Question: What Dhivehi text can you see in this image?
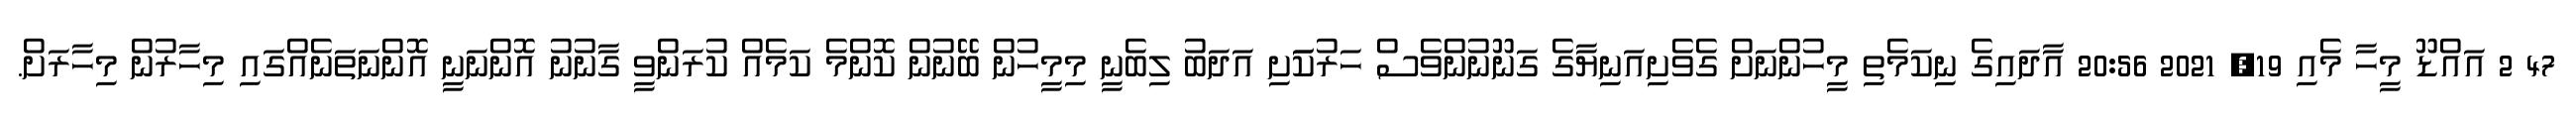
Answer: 47 2 އައްޑޫ މީހާ މެއި 19, 2021 20:56 އާދައިގެ ނިކަމެތި މީހުންނަށް ގެވެށިއަނިޔާގެ ގަނޫނުންވެސް ހަރުކަަށި އަދަބު ލިބެނީ މިމީހުން ބޭނުން ކޮންމެ ކަމެއް ކުރަންވީ ގާނުނު އޮންނަނީ އޮންނަތަނެއްގައި މިހާރުން މިހާރަށް.